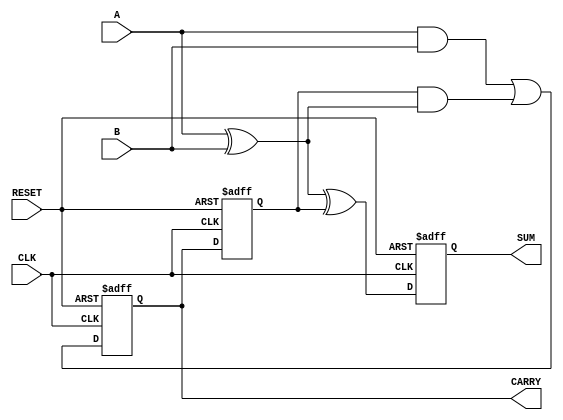
module Sequential_Half_Adder (
    input wire A,          // First operand
    input wire B,          // Second operand
    input wire CLK,        // Clock signal
    input wire RESET,      // Reset signal
    output reg SUM,        // Sum output
    output reg CARRY       // Carry output
);

// Internal state to hold the carry from the previous addition
reg previous_carry;

always @(posedge CLK or posedge RESET) begin
    if (RESET) begin
        // Reset state
        SUM <= 0;
        CARRY <= 0;
        previous_carry <= 0;
    end else begin
        // Calculate the sum and carry based on the current inputs and previous carry
        SUM <= A ^ B ^ previous_carry; // SUM is the XOR of A, B, and previous carry
        CARRY <= (A & B) | (previous_carry & (A ^ B)); // CARRY is calculated as specified

        // Update the previous carry for the next clock cycle
        previous_carry <= CARRY;
    end
end

endmodule